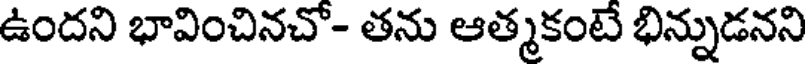
ఉందని భావించినచో- తను ఆత్మకంటే భిన్నుడనని